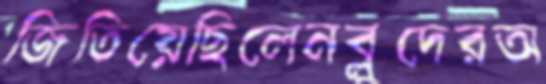
জিতিয়েছিলেনব্লুদেরঅ